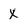
Character: X